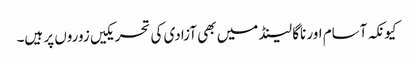
کیونکہ آسام اور ناگا لینڈ میں بھی آزادی کی تحریکیں زوروں پر ہیں۔